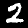
Digit: 2